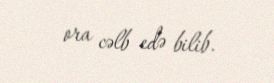
ora cəlb edə bilib.